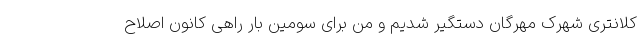
کلانتری شهرک مهرگان دستگیر شدیم و من برای سومین بار راهی کانون اصلاح